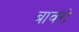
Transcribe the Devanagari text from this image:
बावरो